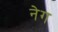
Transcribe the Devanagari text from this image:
नेग